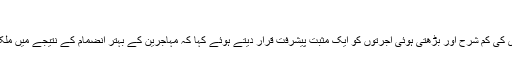
(07.12.2015)
میرکل نے ملک میں بے روزگاری کی کم شرح اور بڑھتی ہوئی اجرتوں کو ایک مثبت پیشرفت قرار دیتے ہوئے کہا کہ مہاجرین کے بہتر انضمام کے نتیجے میں ملک کو ہر حوالے سے فائدہ ہی ہو گا۔